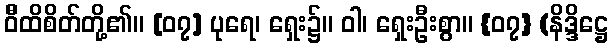
ဝီိထိစိတ်တို့၏။ [၀၇] ပုရေ၊ ရှေး၌။ ဝါ၊ ရှေးဦးစွာ။ {၀၇} (နိဒ္ဒိဋ္ဌေ